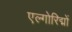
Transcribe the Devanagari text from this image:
एल्गोरिद्मों